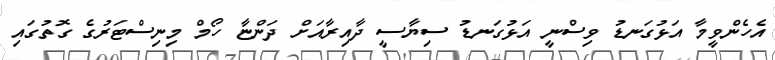
އެހެންވީމާ އަޅުގަނޑު ވިސްނީ އަޅުގަނޑު ސިޔާސީ ދާއިރާއަށް ދަންޏާ ހޯމް މިނިސްޓަރުގެ ގޮތުގައި